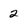
Character: 2